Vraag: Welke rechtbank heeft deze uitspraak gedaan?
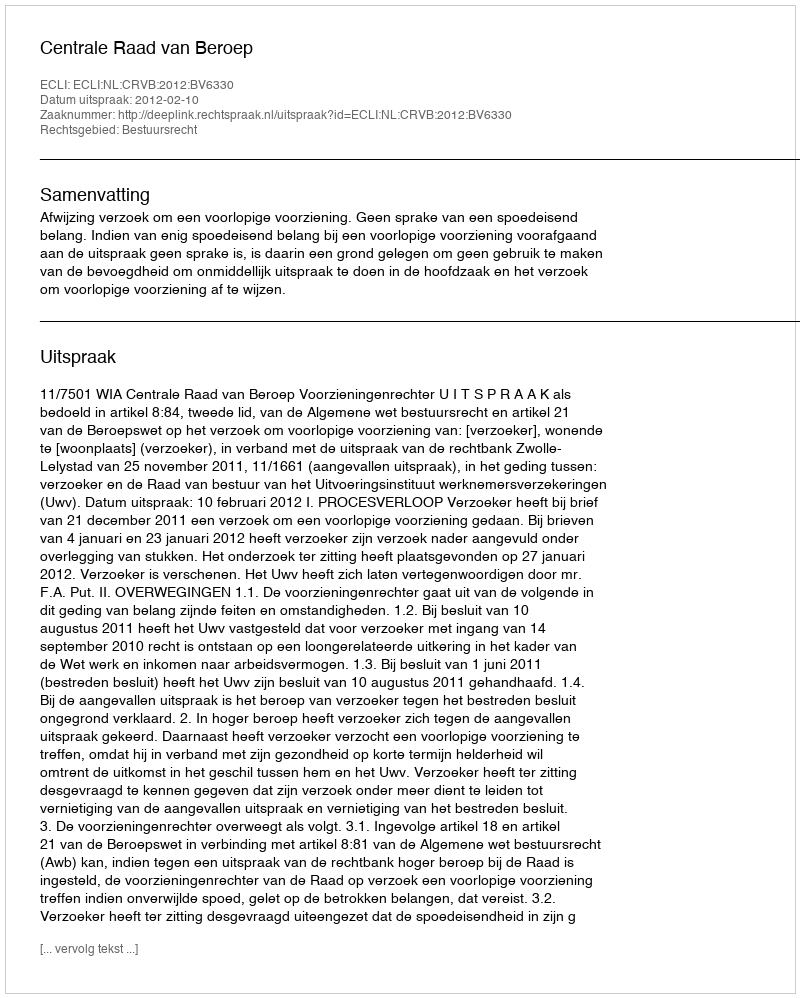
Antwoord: Centrale Raad van Beroep